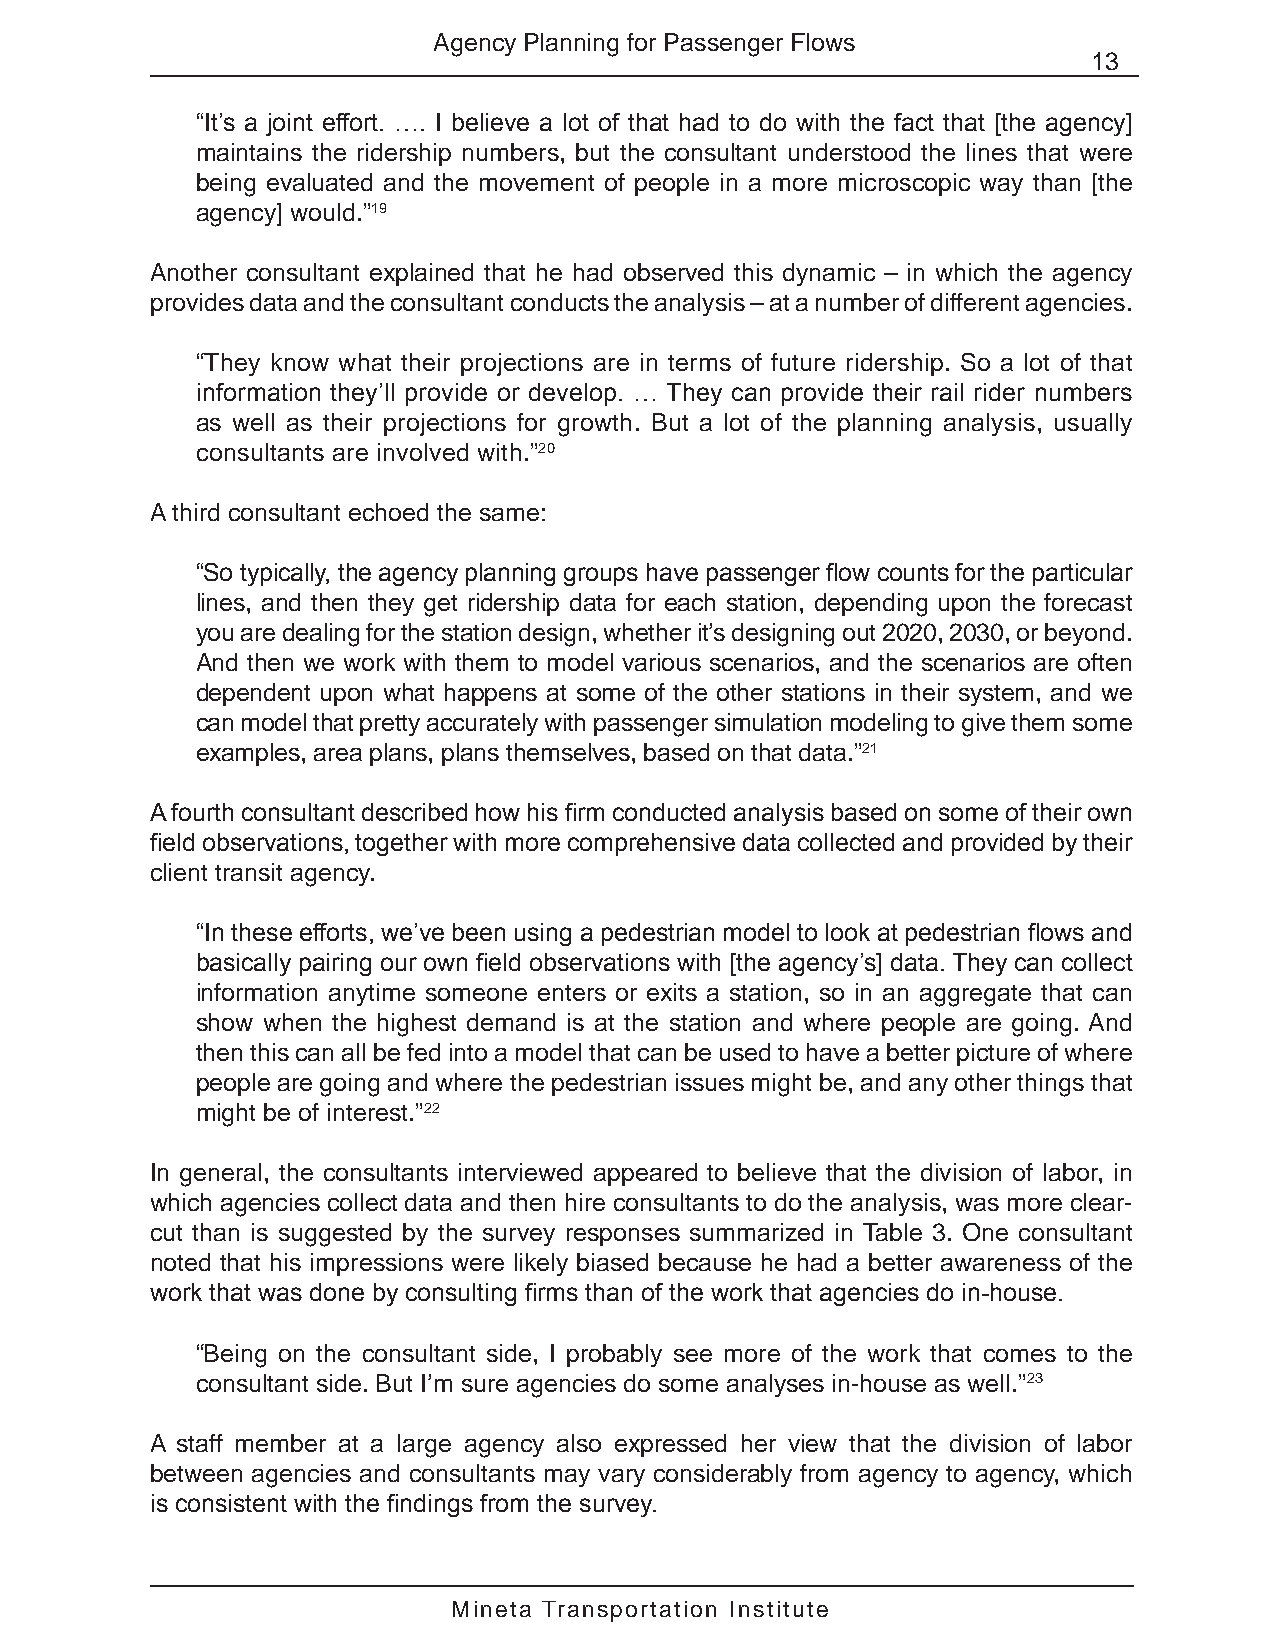
Agency Planning for Passenger Flows
 13
 “It’s a joint effort. …. I believe a lot of that had to do with the fact that [the agency]
 maintains the ridership numbers, but the consultant understood the lines that were
 being evaluated and the movement of people in a more microscopic way than [the
 agency] would.”19
 Another consultant explained that he had observed this dynamic – in which the agency
 provides data and the consultant conducts the analysis – at a number of different agencies.
 “They know what their projections are in terms of future ridership. So a lot of that
 information they’ll provide or develop. … They can provide their rail rider numbers
 as well as their projections for growth. But a lot of the planning analysis, usually
 consultants are involved with.”20
 A third consultant echoed the same:
 “So typically, the agency planning groups have passenger flow counts for the particular
 lines, and then they get ridership data for each station, depending upon the forecast
 you are dealing for the station design, whether it’s designing out 2020, 2030, or beyond.
 And then we work with them to model various scenarios, and the scenarios are often
 dependent upon what happens at some of the other stations in their system, and we
 can model that pretty accurately with passenger simulation modeling to give them some
 examples, area plans, plans themselves, based on that data.”21
 A fourth consultant described how his firm conducted analysis based on some of their own
 field observations, together with more comprehensive data collected and provided by their
 client transit agency.
 “In these efforts, we’ve been using a pedestrian model to look at pedestrian flows and
 basically pairing our own field observations with [the agency’s] data. They can collect
 information anytime someone enters or exits a station, so in an aggregate that can
 show when the highest demand is at the station and where people are going. And
 then this can all be fed into a model that can be used to have a better picture of where
 people are going and where the pedestrian issues might be, and any other things that
 might be of interest.”22
 In general, the consultants interviewed appeared to believe that the division of labor, in
 which agencies collect data and then hire consultants to do the analysis, was more clear-
 cut than is suggested by the survey responses summarized in Table 3. One consultant
 noted that his impressions were likely biased because he had a better awareness of the
 work that was done by consulting firms than of the work that agencies do in-house.
 “Being on the consultant side, I probably see more of the work that comes to the
 consultant side. But I’m sure agencies do some analyses in-house as well.”23
 A staff member at a large agency also expressed her view that the division of labor
 between agencies and consultants may vary considerably from agency to agency, which
 is consistent with the findings from the survey.
 Mineta Transportation Institute